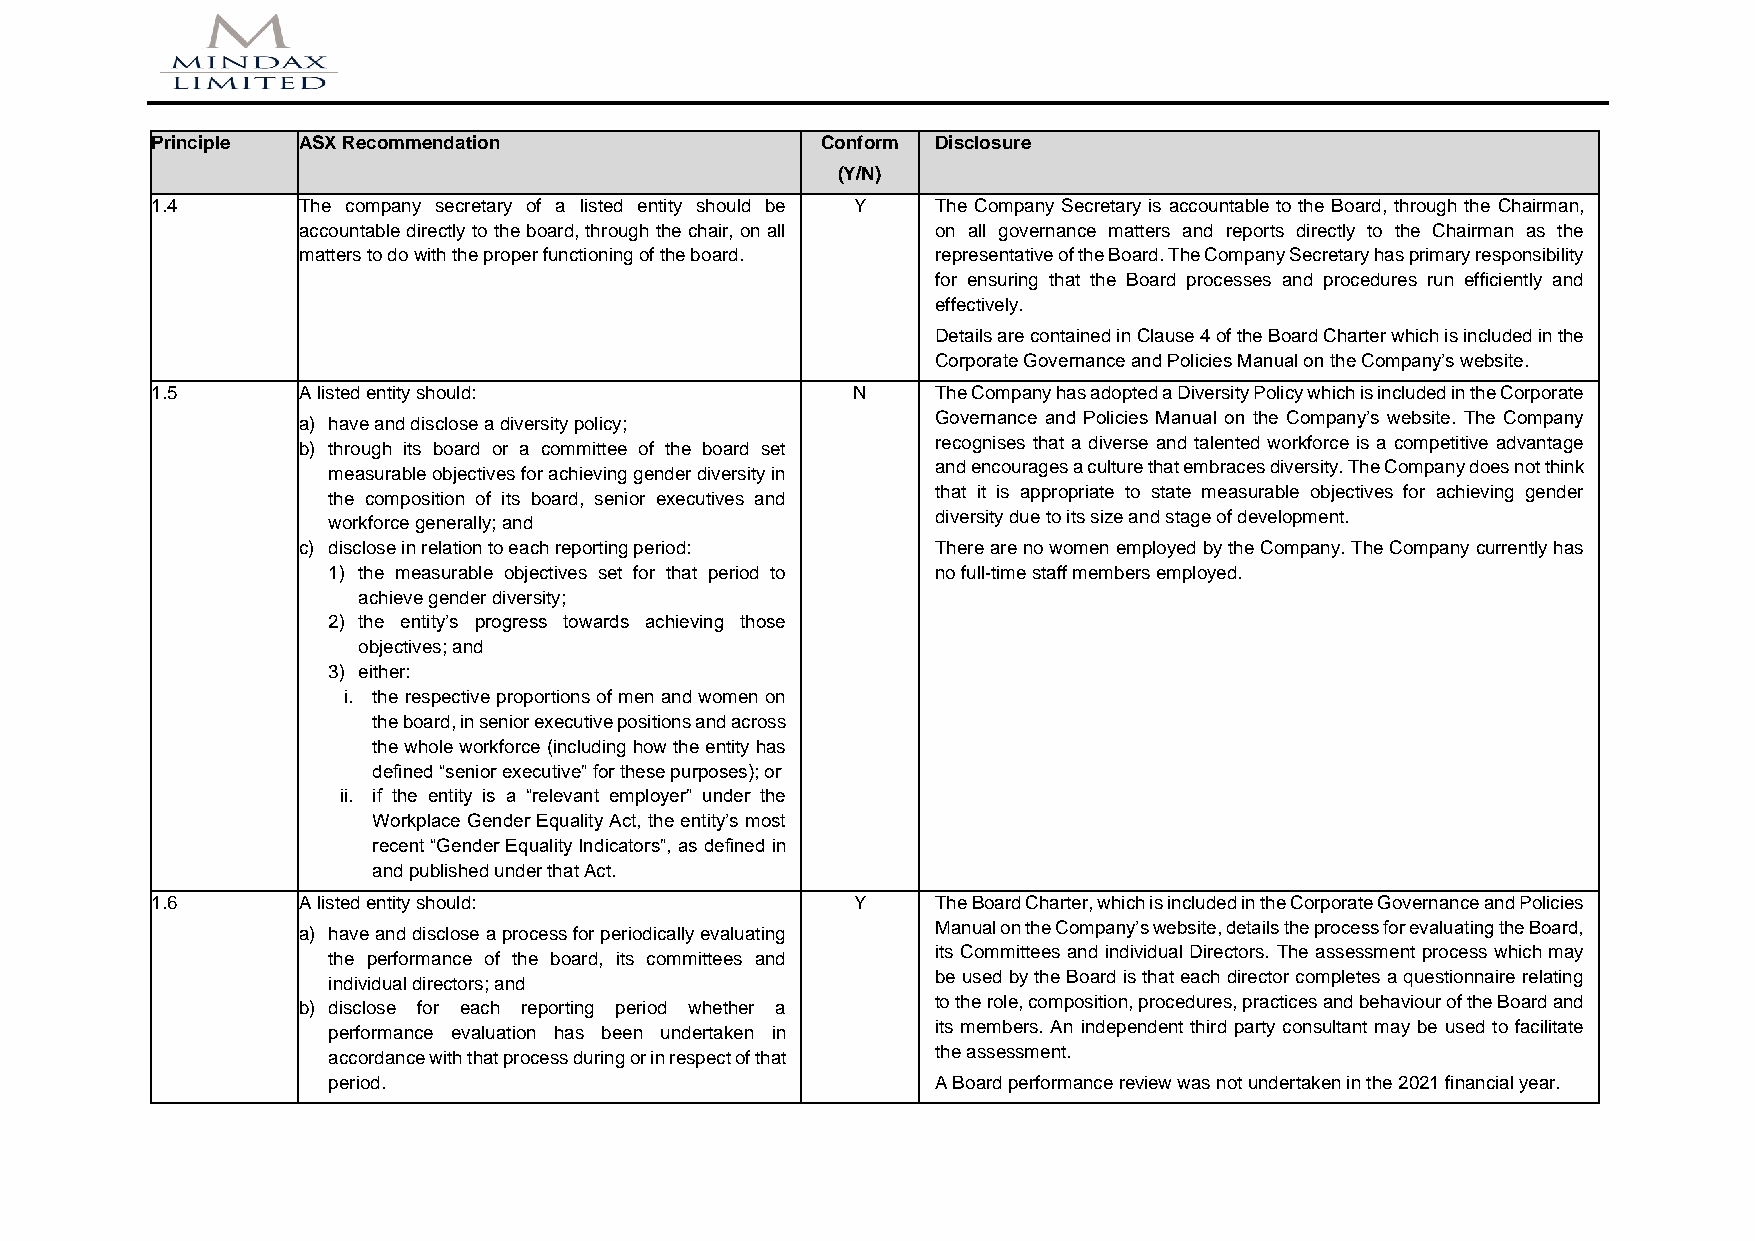
Principle ASX Recommendation                Conform Disclosure
 (Y/N)
 1.4       The company secretary of a listed entity should be Y The Company Secretary is accountable to the Board, through the Chairman,
 accountable directly to the board, through the chair, on all on all governance matters and reports directly to the Chairman as the
 matters to do with the proper functioning of the board. representative of the Board. The Company Secretary has primary responsibility
 for ensuring that the Board processes and procedures run efficiently and
 effectively.
 Details are contained in Clause 4 of the Board Charter which is included in the
 Corporate Governance and Policies Manual on the Company’s website.
 1.5       A listed entity should:             N     The Company has adopted a Diversity Policy which is included in the Corporate
 a) have and disclose a diversity policy;  Governance and Policies Manual on the Company’s website. The Company
 b) through its board or a committee of the board set recognises that a diverse and talented workforce is a competitive advantage
 measurable objectives for achieving gender diversity in and encourages a culture that embraces diversity. The Company does not think
 the composition of its board, senior executives and that it is appropriate to state measurable objectives for achieving gender
 workforce generally; and                diversity due to its size and stage of development.
 c) disclose in relation to each reporting period: There are no women employed by the Company. The Company currently has
 1) the measurable objectives set for that period to no full-time staff members employed.
 achieve gender diversity;
 2) the entity’s progress towards achieving those
 objectives; and
 3) either:
 i. the respective proportions of men and women on
 the board, in senior executive positions and across
 the whole workforce (including how the entity has
 defined “senior executive” for these purposes); or
 ii. if the entity is a “relevant employer” under the
 Workplace Gender Equality Act, the entity’s most
 recent “Gender Equality Indicators”, as defined in
 and published under that Act.
 1.6       A listed entity should:             Y     The Board Charter, which is included in the Corporate Governance and Policies
 a) have and disclose a process for periodically evaluating Manual on the Company’s website, details the process for evaluating the Board,
 the performance of the board, its committees and its Committees and individual Directors. The assessment process which may
 individual directors; and               be used by the Board is that each director completes a questionnaire relating
 b) disclose for each reporting period whether a to the role, composition, procedures, practices and behaviour of the Board and
 performance evaluation has been undertaken in its members. An independent third party consultant may be used to facilitate
 accordance with that process during or in respect of that the assessment.
 period.                                 A Board performance review was not undertaken in the 2021 financial year.